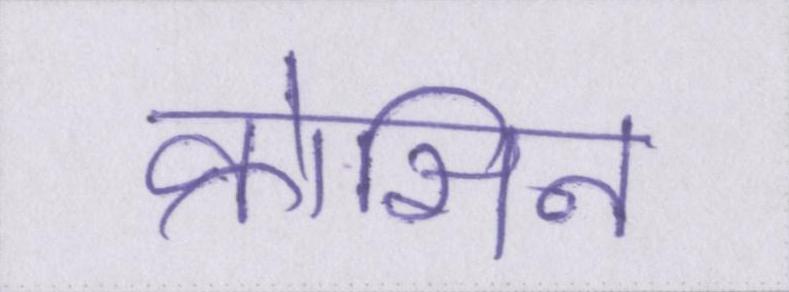
क्रोसिन